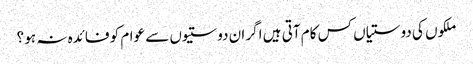
ملکوں کی دوستیاں کس کام آتی ہیں اگر ان دوستیوں سے عوام کو فائدہ نہ ہو ؟